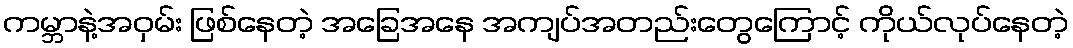
ကမ္ဘာနဲ့အဝှမ်း ဖြစ်နေတဲ့ အခြေအနေ အကျပ်အတည်းတွေကြောင့် ကိုယ်လုပ်နေတဲ့